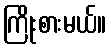
ကြိုးစားမယ်။